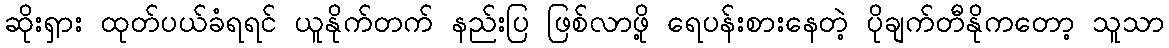
ဆိုးရှား ထုတ်ပယ်ခံရရင် ယူနိုက်တက် နည်းပြ ဖြစ်လာဖို့ ရေပန်းစားနေတဲ့ ပိုချက်တီနိုကတော့ သူသာ